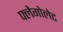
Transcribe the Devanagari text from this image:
फ्लैगोलेट